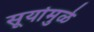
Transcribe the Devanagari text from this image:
सूर्यामुळे